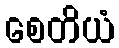
စေတိယံ